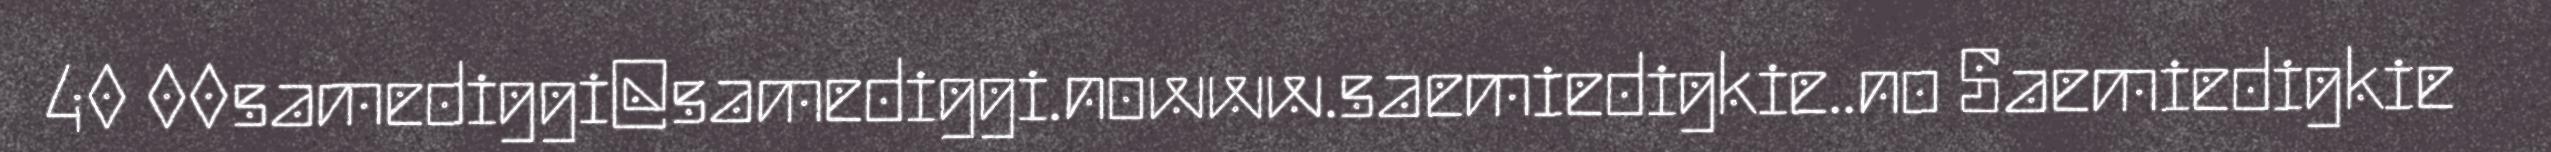
40 00samediggi@samediggi.nowww.saemiedigkie..no Saemiedigkie